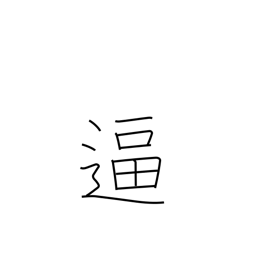
Meaning: spur on